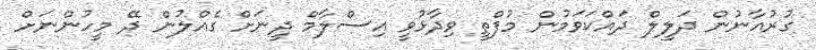
ގުރުއާނުން ދަލީލް ދައްކަވަމުން މުފްތީ ވިދާޅުވީ އިސްލާމް ދީނަށް ގެއްލުން ދޭ މީހުންނަށް